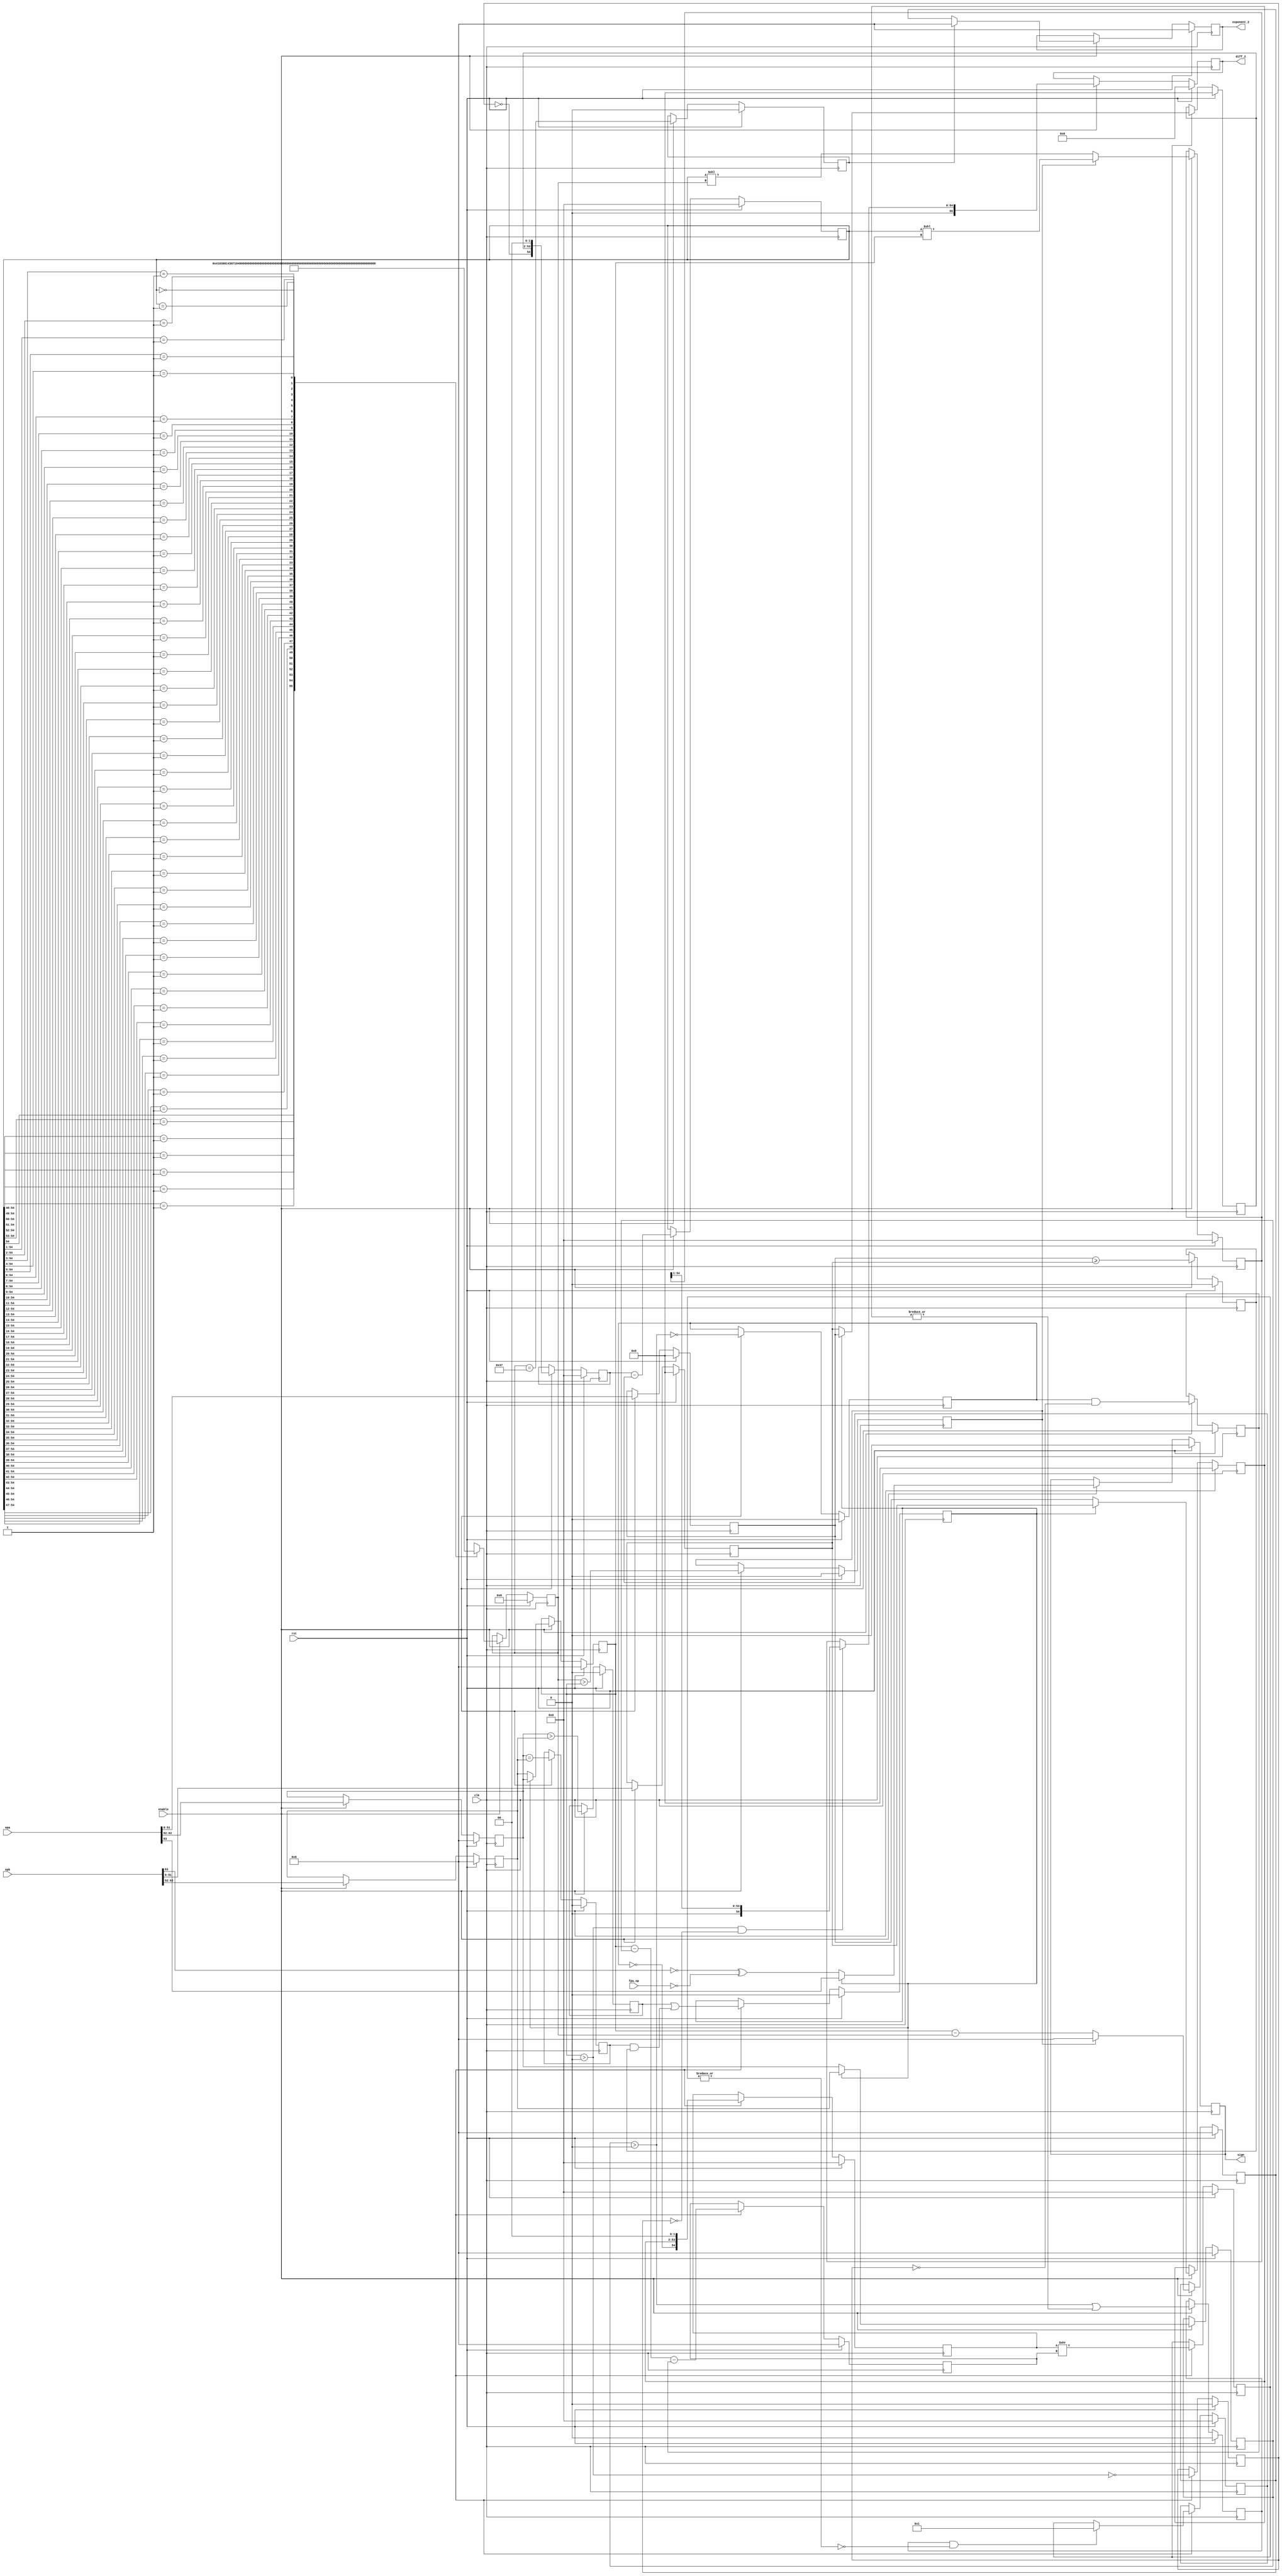
/////////////////////////////////////////////////////////////////////
////                                                             ////
////  FPU                                                        ////
////  Floating Point Unit (Double precision)                     ////
////                                                             ////
////          davidklun@gmail.com                                ////
////                                                             ////
/////////////////////////////////////////////////////////////////////
////                                                             ////
//// Copyright (C) 2009 David Lundgren                           ////
////                  davidklun@gmail.com                        ////
////                                                             ////
//// This source file may be used and distributed without        ////
//// restriction provided that this copyright statement is not   ////
//// removed from the file and that any derivative work contains ////
//// the original copyright notice and the associated disclaimer.////
////                                                             ////
////     THIS SOFTWARE IS PROVIDED ``AS IS'' AND WITHOUT ANY     ////
//// EXPRESS OR IMPLIED WARRANTIES, INCLUDING, BUT NOT LIMITED   ////
//// TO, THE IMPLIED WARRANTIES OF MERCHANTABILITY AND FITNESS   ////
//// FOR A PARTICULAR PURPOSE. IN NO EVENT SHALL THE AUTHOR      ////
//// OR CONTRIBUTORS BE LIABLE FOR ANY DIRECT, INDIRECT,         ////
//// INCIDENTAL, SPECIAL, EXEMPLARY, OR CONSEQUENTIAL DAMAGES    ////
//// (INCLUDING, BUT NOT LIMITED TO, PROCUREMENT OF SUBSTITUTE   ////
//// GOODS OR SERVICES; LOSS OF USE, DATA, OR PROFITS; OR        ////
//// BUSINESS INTERRUPTION) HOWEVER CAUSED AND ON ANY THEORY OF  ////
//// LIABILITY, WHETHER IN  CONTRACT, STRICT LIABILITY, OR TORT  ////
//// (INCLUDING NEGLIGENCE OR OTHERWISE) ARISING IN ANY WAY OUT  ////
//// OF THE USE OF THIS SOFTWARE, EVEN IF ADVISED OF THE         ////
//// POSSIBILITY OF SUCH DAMAGE.                                 ////
////                                                             ////
/////////////////////////////////////////////////////////////////////


`timescale 1ns / 100ps


module fpu_sub( clk, rst, enable, opa, opb, fpu_op, sign, diff_2, exponent_2);
input		clk;
input		rst;
input		enable;
input	[63:0]	opa, opb;	  
input	[2:0]	fpu_op;
output		sign;
output	[55:0]	diff_2;
output	[10:0]	exponent_2;
		
reg [6:0] 	diff_shift;
reg [6:0] 	diff_shift_2;


reg   [10:0] exponent_a;
reg   [10:0] exponent_b;
reg   [51:0] mantissa_a;
reg   [51:0] mantissa_b;
reg   expa_gt_expb;
reg   expa_et_expb;
reg   mana_gtet_manb;
reg   a_gtet_b;
reg   sign;
reg   [10:0] exponent_small;
reg   [10:0] exponent_large;
reg   [51:0] mantissa_small;
reg   [51:0] mantissa_large;
reg   small_is_denorm;
reg   large_is_denorm;
reg   large_norm_small_denorm;
reg   small_is_nonzero;
reg   [10:0] exponent_diff;
reg   [54:0] minuend;
reg   [54:0] subtrahend;
reg   [54:0] subtra_shift;
wire   subtra_shift_nonzero = |subtra_shift[54:0];
wire   subtra_fraction_enable = small_is_nonzero & !subtra_shift_nonzero;
wire   [54:0] subtra_shift_2 = { 54'b0, 1'b1 };
reg   [54:0] subtra_shift_3;
reg   [54:0] diff;
reg   diffshift_gt_exponent;
reg   diffshift_et_55; // when the difference = 0
reg   [54:0] diff_1;
reg   [10:0] exponent;
reg   [10:0] exponent_2;
wire   in_norm_out_denorm = (exponent_large > 0) & (exponent== 0);
reg   [55:0] diff_2;
		

always @(posedge clk) 
	begin
		if (rst) begin
		exponent_a <= 0;
		exponent_b <= 0;
		mantissa_a <= 0;
		mantissa_b <= 0;
		expa_gt_expb <= 0;
		expa_et_expb <= 0;
		mana_gtet_manb <= 0;
   		a_gtet_b <= 0;
   		sign <= 0;
   		exponent_small  <= 0;
   		exponent_large  <= 0;
  		mantissa_small  <= 0;
   		mantissa_large  <= 0;
   		small_is_denorm <= 0;
   		large_is_denorm <= 0;
   		large_norm_small_denorm <= 0;
   		small_is_nonzero <= 0;
		exponent_diff <= 0;
		minuend <= 0;
		subtrahend <= 0;
		subtra_shift <= 0;
		subtra_shift_3 <= 0;
		diff_shift_2 <= 0;
		diff <= 0;
		diffshift_gt_exponent <= 0;
		diffshift_et_55 <= 0;
		diff_1 <= 0;
		exponent <= 0;
		exponent_2 <= 0;
		diff_2 <= 0;
		end
		else if (enable) begin
		exponent_a <= opa[62:52];
		exponent_b <= opb[62:52];
		mantissa_a <= opa[51:0];
		mantissa_b <= opb[51:0];
		expa_gt_expb <= exponent_a > exponent_b;
		expa_et_expb <= exponent_a == exponent_b;
		mana_gtet_manb <= mantissa_a >= mantissa_b;
   		a_gtet_b <= expa_gt_expb | (expa_et_expb & mana_gtet_manb);
   		sign <= a_gtet_b ? opa[63] :!opb[63] ^ (fpu_op == 3'b000);
   		exponent_small  <= a_gtet_b ? exponent_b : exponent_a;
   		exponent_large  <= a_gtet_b ? exponent_a : exponent_b;
  		mantissa_small  <= a_gtet_b ? mantissa_b : mantissa_a;
   		mantissa_large  <= a_gtet_b ? mantissa_a : mantissa_b;
   		small_is_denorm <= !(exponent_small > 0);
   		large_is_denorm <= !(exponent_large > 0);
   		large_norm_small_denorm <= (small_is_denorm == 1 && large_is_denorm == 0);
   		small_is_nonzero <= (exponent_small > 0) | |mantissa_small[51:0];
		exponent_diff <= exponent_large - exponent_small - large_norm_small_denorm;
		minuend <= { !large_is_denorm, mantissa_large, 2'b00 };
		subtrahend <= { !small_is_denorm, mantissa_small, 2'b00 };
		subtra_shift <= subtrahend >> exponent_diff;
		subtra_shift_3 <= subtra_fraction_enable ? subtra_shift_2 : subtra_shift;
		diff_shift_2 <= diff_shift;
		diff <= minuend - subtra_shift_3;
		diffshift_gt_exponent <= diff_shift_2 > exponent_large;
		diffshift_et_55 <= diff_shift_2 == 55; 
		diff_1 <= diffshift_gt_exponent ? diff << exponent_large : diff << diff_shift_2;
		exponent <= diffshift_gt_exponent ? 0 : (exponent_large - diff_shift_2);
		exponent_2 <= diffshift_et_55 ? 0 : exponent;
		diff_2 <= in_norm_out_denorm ? { 1'b0, diff_1 >> 1} : {1'b0, diff_1};
		
		end
	end

	
always @(diff)
   casex(diff)	
    55'b1??????????????????????????????????????????????????????: diff_shift <=  0;
	55'b01?????????????????????????????????????????????????????: diff_shift <=  1;
	55'b001????????????????????????????????????????????????????: diff_shift <=  2;
	55'b0001???????????????????????????????????????????????????: diff_shift <=  3;
	55'b00001??????????????????????????????????????????????????: diff_shift <=  4;
	55'b000001?????????????????????????????????????????????????: diff_shift <=  5;
	55'b0000001????????????????????????????????????????????????: diff_shift <=  6;
	55'b00000001???????????????????????????????????????????????: diff_shift <=  7;
	55'b000000001??????????????????????????????????????????????: diff_shift <=  8;
	55'b0000000001?????????????????????????????????????????????: diff_shift <=  9;
	55'b00000000001????????????????????????????????????????????: diff_shift <=  10;
	55'b000000000001???????????????????????????????????????????: diff_shift <=  11;
	55'b0000000000001??????????????????????????????????????????: diff_shift <=  12;
	55'b00000000000001?????????????????????????????????????????: diff_shift <=  13;
	55'b000000000000001????????????????????????????????????????: diff_shift <=  14;
	55'b0000000000000001???????????????????????????????????????: diff_shift <=  15;
	55'b00000000000000001??????????????????????????????????????: diff_shift <=  16;
	55'b000000000000000001?????????????????????????????????????: diff_shift <=  17;
	55'b0000000000000000001????????????????????????????????????: diff_shift <=  18;
	55'b00000000000000000001???????????????????????????????????: diff_shift <=  19;
	55'b000000000000000000001??????????????????????????????????: diff_shift <=  20;
	55'b0000000000000000000001?????????????????????????????????: diff_shift <=  21;
	55'b00000000000000000000001????????????????????????????????: diff_shift <=  22;
	55'b000000000000000000000001???????????????????????????????: diff_shift <=  23;
	55'b0000000000000000000000001??????????????????????????????: diff_shift <=  24;
	55'b00000000000000000000000001?????????????????????????????: diff_shift <=  25;
	55'b000000000000000000000000001????????????????????????????: diff_shift <=  26;
	55'b0000000000000000000000000001???????????????????????????: diff_shift <=  27;
	55'b00000000000000000000000000001??????????????????????????: diff_shift <=  28;
	55'b000000000000000000000000000001?????????????????????????: diff_shift <=  29;
	55'b0000000000000000000000000000001????????????????????????: diff_shift <=  30;
	55'b00000000000000000000000000000001???????????????????????: diff_shift <=  31;
	55'b000000000000000000000000000000001??????????????????????: diff_shift <=  32;
	55'b0000000000000000000000000000000001?????????????????????: diff_shift <=  33;
	55'b00000000000000000000000000000000001????????????????????: diff_shift <=  34;
	55'b000000000000000000000000000000000001???????????????????: diff_shift <=  35;
	55'b0000000000000000000000000000000000001??????????????????: diff_shift <=  36;
	55'b00000000000000000000000000000000000001?????????????????: diff_shift <=  37;
	55'b000000000000000000000000000000000000001????????????????: diff_shift <=  38;
	55'b0000000000000000000000000000000000000001???????????????: diff_shift <=  39;
	55'b00000000000000000000000000000000000000001??????????????: diff_shift <=  40;
	55'b000000000000000000000000000000000000000001?????????????: diff_shift <=  41;
	55'b0000000000000000000000000000000000000000001????????????: diff_shift <=  42;
	55'b00000000000000000000000000000000000000000001???????????: diff_shift <=  43;
	55'b000000000000000000000000000000000000000000001??????????: diff_shift <=  44;
	55'b0000000000000000000000000000000000000000000001?????????: diff_shift <=  45;
	55'b00000000000000000000000000000000000000000000001????????: diff_shift <=  46;
	55'b000000000000000000000000000000000000000000000001???????: diff_shift <=  47;
	55'b0000000000000000000000000000000000000000000000001??????: diff_shift <=  48;
    55'b00000000000000000000000000000000000000000000000001?????: diff_shift <=  49;
	55'b000000000000000000000000000000000000000000000000001????: diff_shift <=  50;
	55'b0000000000000000000000000000000000000000000000000001???: diff_shift <=  51;
	55'b00000000000000000000000000000000000000000000000000001??: diff_shift <=  52;
	55'b000000000000000000000000000000000000000000000000000001?: diff_shift <=  53;
	55'b0000000000000000000000000000000000000000000000000000001: diff_shift <=  54;
	55'b0000000000000000000000000000000000000000000000000000000: diff_shift <=  55;
	endcase	

	
	

endmodule